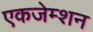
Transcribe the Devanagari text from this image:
एकजेम्शन